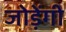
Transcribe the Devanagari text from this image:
जोड़ेंगी